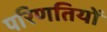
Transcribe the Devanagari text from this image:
परिणतियों